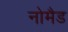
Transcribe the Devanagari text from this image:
नोमैड